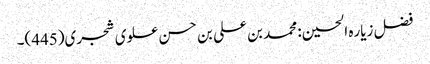
فضل زیاره الحسین: محمد بن علی بن حسن علوی شجری(445)۔